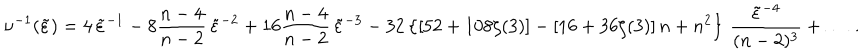
\nu ^ { - 1 } ( \tilde { \varepsilon } ) = { 4 } \, { \tilde { \varepsilon } ^ { - 1 } } - 8 \frac { n - 4 } { n - 2 } \, \tilde { \varepsilon } ^ { - 2 } + 1 6 \frac { n - 4 } { n - 2 } \, \tilde { \varepsilon } ^ { - 3 } - 3 2 \left\{ \left[ 5 2 + 1 0 8 \zeta ( 3 ) \right] - \left[ 1 6 + 3 6 \zeta ( 3 ) \right] n + n ^ { 2 } \right\} \, \frac { \tilde { \varepsilon } ^ { - 4 } } { ( n - 2 ) ^ { 3 } } + \dots ~ .